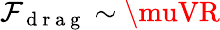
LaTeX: \mathcal{F}_{\mathrm{{~d~r~a~g~}}}\sim\muVR